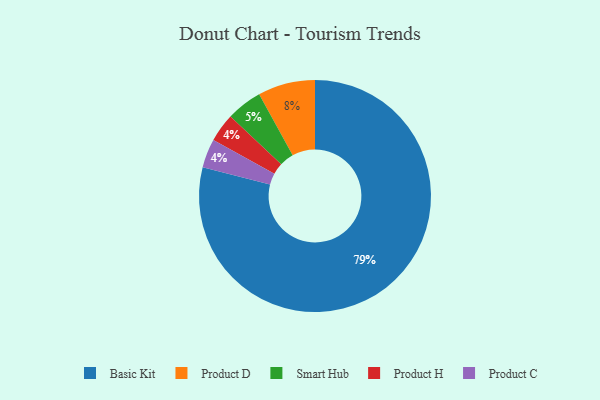
{"axis": {"x": "Category", "y": "Percentage"}, "legend": ["Basic Kit", "Product C", "Product D", "Product H", "Smart Hub"], "data": [{"x": "Product H", "y": 4, "type": "Product H"}, {"x": "Basic Kit", "y": 79, "type": "Basic Kit"}, {"x": "Product D", "y": 8, "type": "Product D"}, {"x": "Product C", "y": 4, "type": "Product C"}, {"x": "Smart Hub", "y": 5, "type": "Smart Hub"}]}